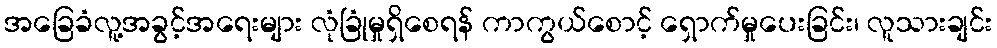
အခြေခံလူ့အခွင့်အရေးများ လုံခြုံမှုရှိစေရန် ကာကွယ်စောင့် ရှောက်မှုပေးခြင်း၊ လူသားချင်း